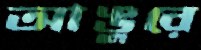
আঙুরে